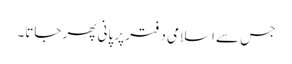
جس سے اسلامی دفتر پر پانی پھر جاتا۔